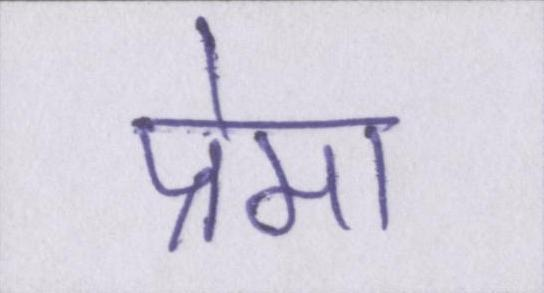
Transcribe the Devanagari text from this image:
प्रेमा